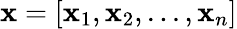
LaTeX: \mathbf{x}=[\mathbf{x}_{1},\mathbf{x}_{2},...,\mathbf{x}_{n}]